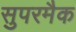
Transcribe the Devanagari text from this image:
सुपरमैक